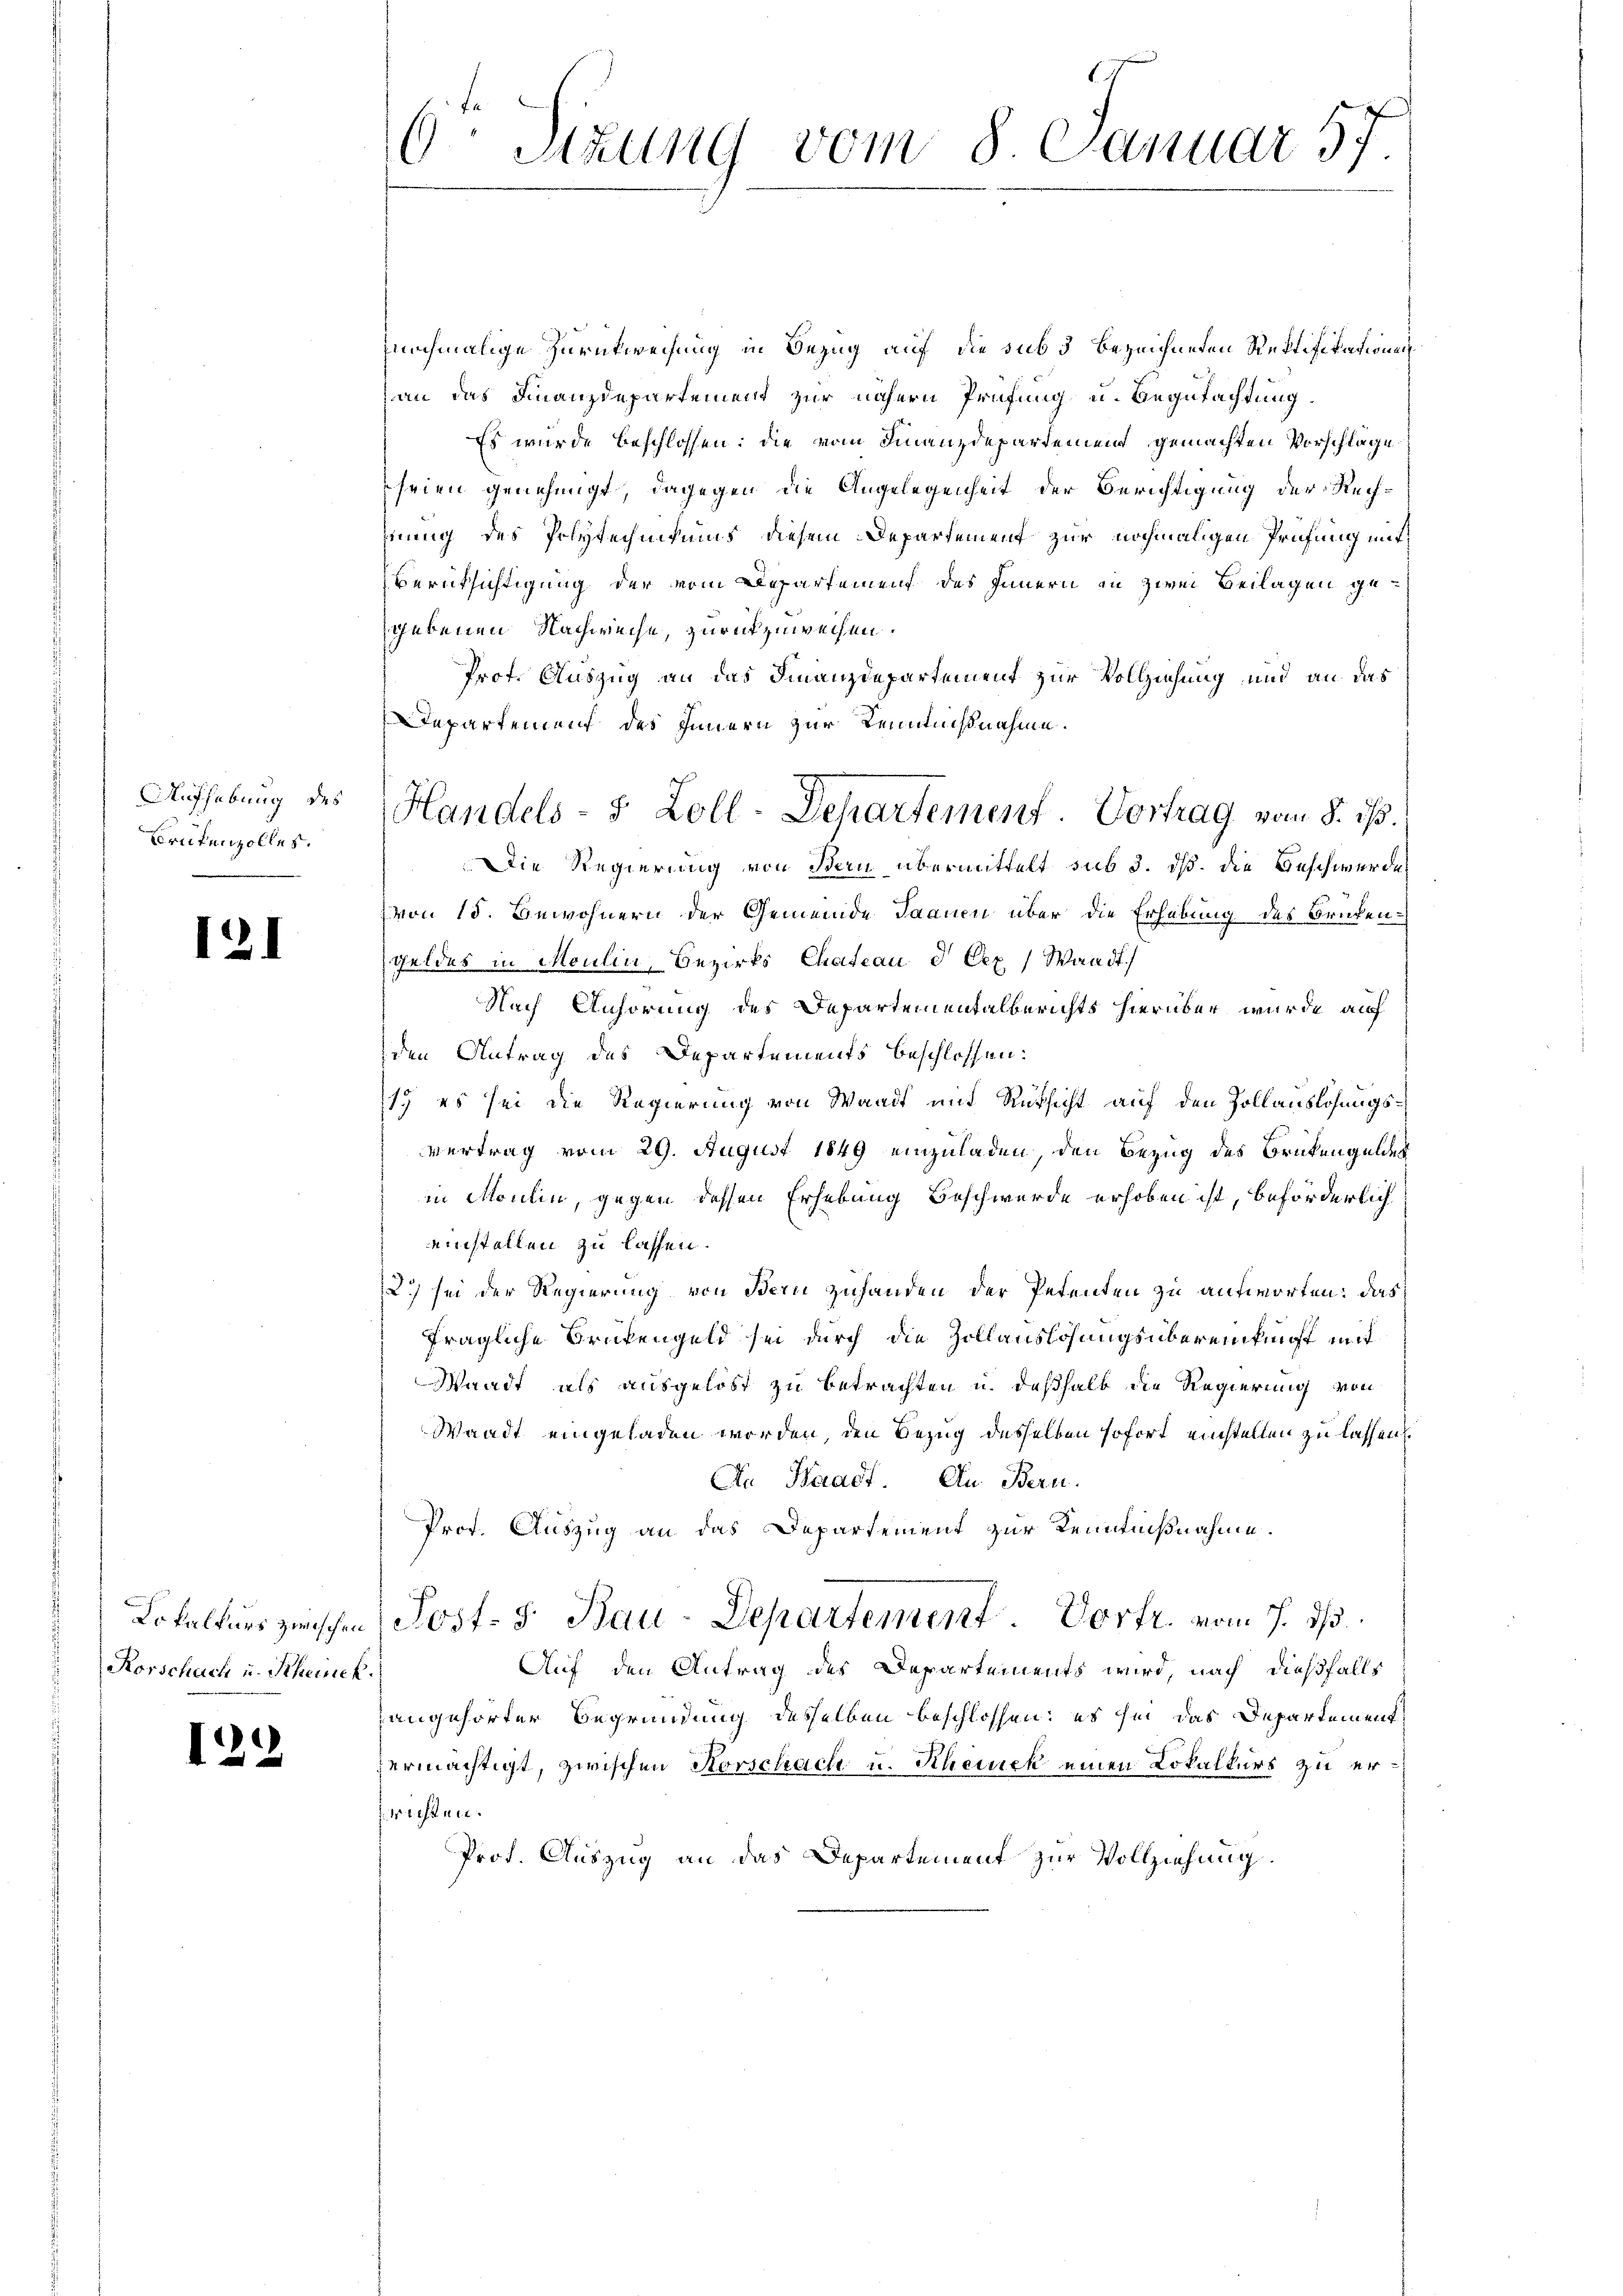
Aufhebung des
Brüfenzolles.

121

Lokalkurs zwischen
Rorschach u. Schenck

122

6. Sitzung vom 8. Januar 17
1

nochmalige Zurückweisung in Bezug auf die sub 3 bezeichneten Rektifikationen
an das Finanzdepartement zur nähern Prüfung u. Begutachtung
Es wurde beschlossen: die vom Finanzdepartement gemachten Vorschlage
seien genehmigt, dagegen die Angelegenheit der Berichtigung der Rechhnung des Polytechnikums diesem Departement zur nochmaligen Prüfung mit
Berücksichtigung der vom Departement des Innern in zwei Beilagen gegebenen Nachweise, zurückzuweisen.
Prot. Auszug an das Finanzdepartement zur Vollziehung und an das
Departement des Innern zur Kenntnißnahme.
Die Regierung von Bern übermittelt sub 3. ds. die Beschwerden
von 15. Gewohnern der Gemeinde Jaanen über die Erhebung des Brükengeldes in Moulin, Bezirks Chateau d Eex / Waadt
Nach Anhörung des Departementalberichts hierüber wurde auf
den Antrag des Departements beschlossen:
1) es sei die Regierung von Waadt mit Rücksicht auf den Zollauslösungsvertrag vom 29. August 1849 einzuladen, den Bezug des Brükengelder
in Moulin, gegen dessen Erhebung Beschwerde erhoben ist, beförderlich
einstellen zu lassen.
2) sei der Regierung von Bern zuhanden der Petenten zu antworten: das
fragliche Brükengeld sei durch die Zollauslösungsübereinkunft mit
Waadt als ausgelöst zu betrachten u. deßhalb die Regierung von
Waadt eingeladen worden, den Bezug desselben sofort einstellen zu lassen
An Waadt In Bern.
Prof. Auszug an das Departement zur Kenntnißnahme.
Post. S. Bau-Departement. Dorfr. vom 7. ds.
Auf den Antrag des Departements wird, nach dießfalls
angehörter Begründung desselben beschlossen; es sei das Departement
zermächtigt, zwischen Korschach u. Rheinek einen Lokalkurs zu errichten.
Prof. Auszug an das Departement zur Vollziehung.

Handels- 5 Zoll-Departement. Vortrag vom 8. ds.